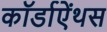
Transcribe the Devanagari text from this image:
कॉर्डाऐंथस